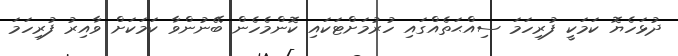
ދުޅަހެޔޮ ކަމަކީ ފުރިހަމަ ސިއްޙަތެއްގައި ހުރުމަށްޓަކައި ކޮންމެހެން ބޭނުންވާ ކަމަކަށް ވާއިރު ފުރިހަމަ